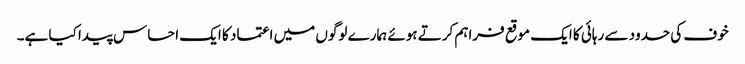
خوف کی حدود سے رہائی کا ایک موقع فراہم کرتے ہوئے ہمارے لوگوں میں اعتماد کا ایک احساس پیدا کیا ہے۔